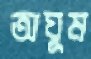
অঘুম